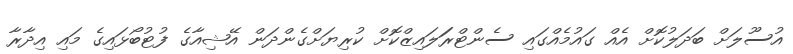
އުސޫލަށް ބަދަލުކޮށް އެއް ގައުމެއްގައި ސެންޓްރަަލައިޒްކޮށް ކުރިޔަށްގެންދަން އޭޝިއާގެ ފުޓުބޯޅައިގެ މައި އިދާރާ